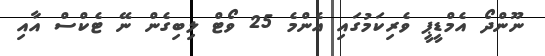
ނޫންދޯ އެމްޑީޕީ ވެރިކަމުގައި އެންމެ 25 ވޯޓް ލިބިގެން ނޭ ޓެކްސް އާއި